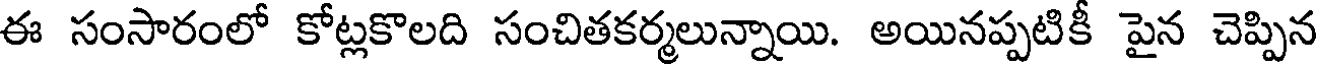
ఈ సంసారంలో కోట్లకొలది సంచితకర్మలున్నాయి. అయినప్పటికీ పైన చెప్పిన